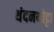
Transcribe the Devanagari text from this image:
थंदनथोट्टा